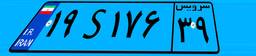
۲۳S۳۵۲۰۹